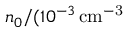
n _ { 0 } / ( 1 0 ^ { - 3 } \, \mathrm { c m ^ { - 3 } }